Report of the Municipal Commissioner on the plague in Bombay for the year ending 31st May... - Volume 1
Disease focus: Plague
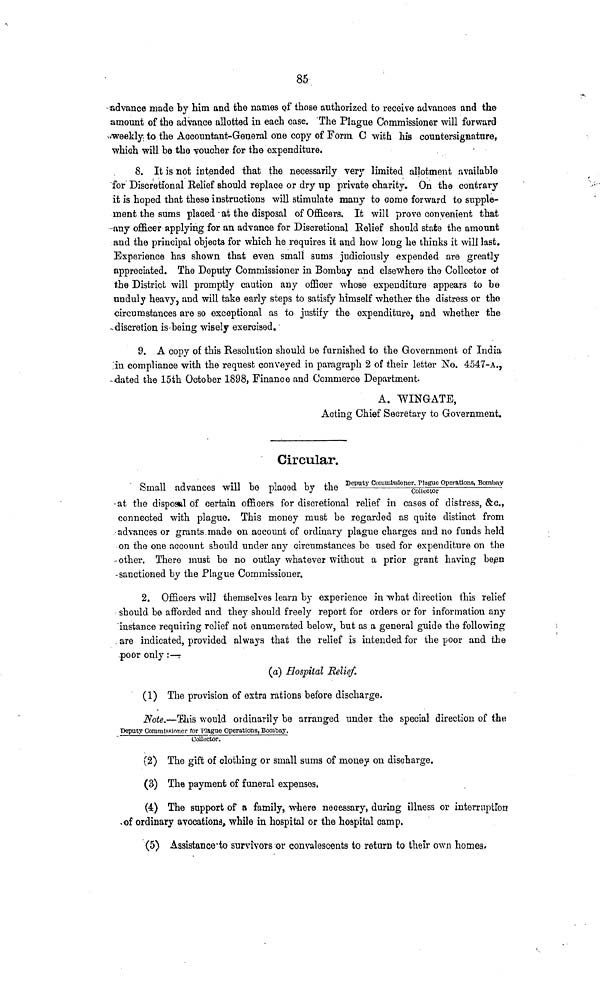
85
advance made by him and the names of those authorized to receive advances and the
amount of the advance allotted in each case. The Plague Commissioner will forward
weekly to the Accountant-General one copy of Form C with his countersignature,
which will he the voucher for the expenditure.
8. It is not intended that the necessarily very limited allotment available
for Discretional Belief should replace or dry up private charity. On the contrary
it is hoped that these instructions will stimulate many to come forward to supple-
ment the sums placed at the disposal of Officers. It will prove convenient that
any officer applying for an advance for Discretional Relief should state the amount
and the principal objects for which he requires it and how long he thinks it will last.
Experience has shown that even small sums judiciously expended are greatly
appreciated. The Deputy Commissioner in Bombay and elsewhere the Collector of
the District will promptly caution any officer whose expenditure appears to be
unduly heavy, and will take early steps to satisfy himself whether the distress or the
circumstances are so exceptional as to justify the expenditure, and whether the
discretion is being wisely exercised.
9. A copy of this Resolution should be furnished to the Government of India
in compliance with the request conveyed in paragraph 2 of their letter No. 4547-A.,
dated the 15th October 1898, Finance and Commerce Department.
A. WINGATE,
Acting Chief Secretary to Government.
Circular.
Deputy Commissioner. Plague Operations, Bombay
Collector
'
Small advances will be placed by the
at the disposal of certain officers for discretional relief in casos of distress, &c.,
connected with plague. This money must be regarded as quite distinct from
advances or grants made on account of ordinary plague charges and no funds held
on the one account should under any circumstances be used for expenditure on the
other. There must be no outlay whatever without a prior grant having been
sanctioned by the Plague Commissioner.
2. Officers will themselves learn by experience in what direction this relief
should be afforded and they should freely report for orders or for information any
instance requiring relief not enumerated below, but as a general guide the following
are indicated, provided always that the relief is intended for the poor and the
poor only :—
(a) Hospital Relief.
(1) The provision of extra rations before discharge.
Note.—This would ordinarily be arranged under the special direction of the
Deputy Commissioner for Plague Operations, Bombay.
Collector.
(2) The gift of clothing or small sums of money on discharge.
(3) The payment of funeral expenses.
(4) The support of a family, where necessary, during illness or interruption
of ordinary avocations, while in hospital or the hospital camp.
(5) Assistance to survivors or convalescents to return to their own homes,